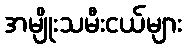
အမျိုးသမီးငယ်များ